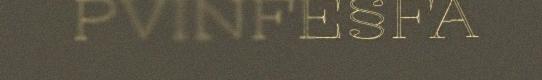
PVINFE§FA